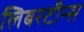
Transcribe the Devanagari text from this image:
लिबरटीन्स